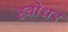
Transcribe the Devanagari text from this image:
ह्वोथर